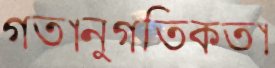
গতানুগতিকতা